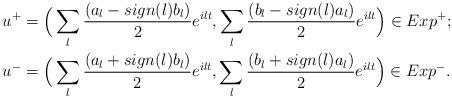
LaTeX: \begin{align*}u^+&=\Big(\sum_l\frac{(a_l-sign(l)b_l)}{2}e^{ilt},\sum_l\frac{(b_l-sign(l)a_l)}{2}e^{ilt}\Big)\in Exp^+;\\u^-&=\Big(\sum_l\frac{(a_l+sign(l)b_l)}{2}e^{ilt},\sum_l\frac{(b_l+sign(l)a_l)}{2}e^{ilt}\Big)\in Exp^-.\end{align*}